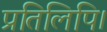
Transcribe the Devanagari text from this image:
प्रतिलिपि।